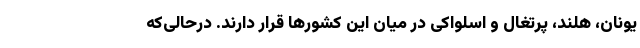
یونان، هلند، پرتغال و اسلواکی در میان این کشورها قرار دارند. درحالی‌که